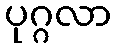
ပုဂ္ဂလာ